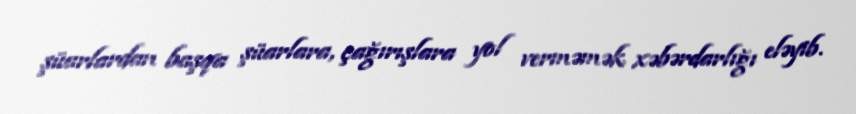
şüarlardan başqa şüarlara, çağırışlara yol verməmək xəbərdarlığı eləyib.